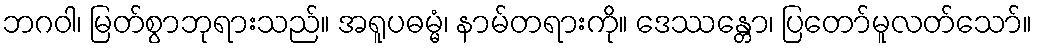
ဘဂဝါ၊ မြတ်စွာဘုရားသည်။ အရူပဓမ္မံ၊ နာမ်တရားကို။ ဒေဿန္တော၊ ပြတော်မူလတ်သော်။